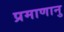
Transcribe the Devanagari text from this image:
प्रमाणानु